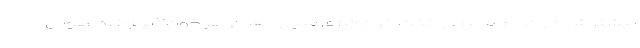
بیشتر شده و تمام محیط و تخت خون‌گیری قبل و بعد از هر خون‌گیری ضدعفونی